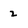
Character: 2